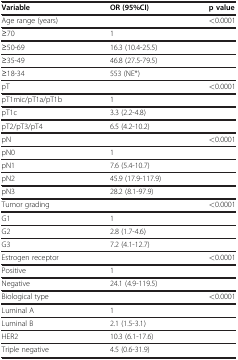
<table><thead><tr><td><b>Variable</b></td><td><b>OR (95%CI)</b></td><td><b>p value</b></td></tr></thead><tbody><tr><td>Age range (years)</td><td> </td><td>&lt;0.0001</td></tr><tr><td>≥70</td><td>1</td><td> </td></tr><tr><td>≥50-69</td><td>16.3 (10.4-25.5)</td><td> </td></tr><tr><td>≥35-49</td><td>46.8 (27.5-79.5)</td><td> </td></tr><tr><td>≥18-34</td><td>553 (NE*)</td><td> </td></tr><tr><td>pT</td><td> </td><td>&lt;0.0001</td></tr><tr><td>pT1mic/pT1a/pT1b</td><td>1</td><td> </td></tr><tr><td>pT1c</td><td>3.3 (2.2-4.8)</td><td> </td></tr><tr><td>pT2/pT3/pT4</td><td>6.5 (4.2-10.2)</td><td> </td></tr><tr><td>pN</td><td> </td><td>&lt;0.0001</td></tr><tr><td>pN0</td><td>1</td><td> </td></tr><tr><td>pN1</td><td>7.6 (5.4-10.7)</td><td> </td></tr><tr><td>pN2</td><td>45.9 (17.9-117.9)</td><td> </td></tr><tr><td>pN3</td><td>28.2 (8.1-97.9)</td><td> </td></tr><tr><td>Tumor grading</td><td> </td><td>&lt;0.0001</td></tr><tr><td>G1</td><td>1</td><td> </td></tr><tr><td>G2</td><td>2.8 (1.7-4.6)</td><td> </td></tr><tr><td>G3</td><td>7.2 (4.1-12.7)</td><td> </td></tr><tr><td>Estrogen receptor</td><td> </td><td>&lt;0.0001</td></tr><tr><td>Positive</td><td>1</td><td> </td></tr><tr><td>Negative</td><td>24.1 (4.9-119.5)</td><td> </td></tr><tr><td>Biological type</td><td> </td><td>&lt;0.0001</td></tr><tr><td>Luminal A</td><td>1</td><td> </td></tr><tr><td>Luminal B</td><td>2.1 (1.5-3.1)</td><td> </td></tr><tr><td>HER2</td><td>10.3 (6.1-17.6)</td><td> </td></tr><tr><td>Triple negative</td><td>4.5 (0.6-31.9)</td><td> </td></tr></tbody></table>